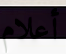
أعلام